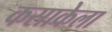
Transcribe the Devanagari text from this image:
कसाकेला